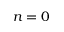
n = 0